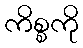
ကိစ္စကို